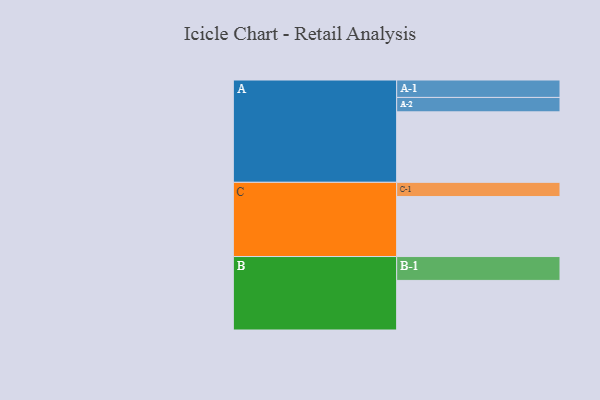
{"axis": {"x": "Segment", "y": "Value"}, "legend": ["", "A", "B", "C"], "data": [{"x": "A", "y": 469, "type": ""}, {"x": "B", "y": 330, "type": ""}, {"x": "C", "y": 399, "type": ""}, {"x": "A-1", "y": 116, "type": "A"}, {"x": "A-2", "y": 96, "type": "A"}, {"x": "B-1", "y": 159, "type": "B"}, {"x": "C-1", "y": 95, "type": "C"}]}